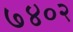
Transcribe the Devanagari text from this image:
७४०२